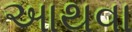
આથવા